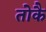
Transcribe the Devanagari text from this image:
तोकै